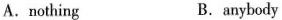
A.nothing B.anybody